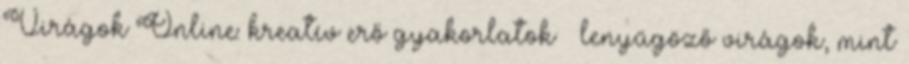
Virágok Online: kreatív erő gyakorlatok · lenyűgöző virágok, mint